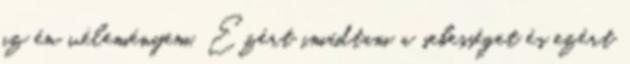
az én véleményem. Ezért imádtam a sebességet és ezért